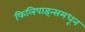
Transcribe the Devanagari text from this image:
फिलिपाइन्समधून